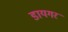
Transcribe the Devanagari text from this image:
डायगर